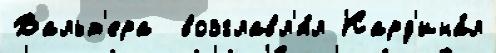
Вальт'ера  возглавл'я́л Кард'ина́л